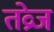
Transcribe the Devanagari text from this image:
तव्रेज